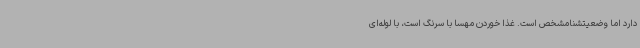
دارد اما وضعیتشنامشخص است. غذا خوردن مهسا با سرنگ است، با لوله‌ای